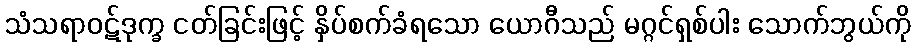
သံသရာဝဋ်ဒုက္ခ ငတ်ခြင်းဖြင့် နှိပ်စက်ခံရသော ယောဂီသည် မဂ္ဂင်ရှစ်ပါး သောက်ဘွယ်ကို